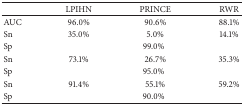
<table><thead><tr><td><b> </b></td><td><b>LPIHN</b></td><td><b>PRINCE</b></td><td><b>RWR</b></td></tr></thead><tbody><tr><td>AUC</td><td>96.0%</td><td>90.6%</td><td>88.1%</td></tr><tr><td>Sn</td><td>35.0%</td><td>5.0%</td><td>14.1%</td></tr><tr><td>Sp</td><td colspan="3">99.0%</td></tr><tr><td>Sn</td><td>73.1%</td><td>26.7%</td><td>35.3%</td></tr><tr><td>Sp</td><td colspan="3">95.0%</td></tr><tr><td>Sn</td><td>91.4%</td><td>55.1%</td><td>59.2%</td></tr><tr><td>Sp</td><td colspan="3">90.0%</td></tr></tbody></table>